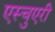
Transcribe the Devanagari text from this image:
एस्चुएरी